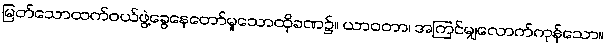
မြတ်သောထက်ဝယ်ဖွဲ့ခွေနေတော်မူသောထိုခဏ၌။ ယာဝတာ၊ အကြင်မျှလောက်ကုန်သော။